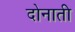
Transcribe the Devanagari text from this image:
दोनाती